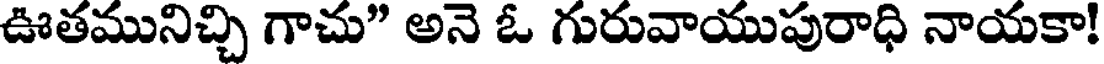
ఊతమునిచ్చి గాచు" అనె ఓ గురువాయుపురాధి నాయకా!